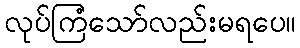
လုပ်ကြံသော်လည်းမရပေ။